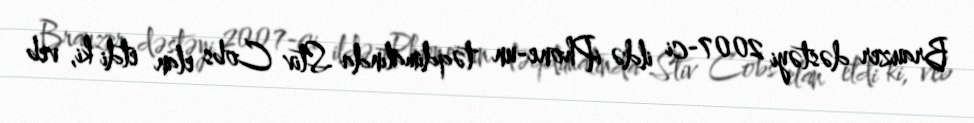
Brauzer dəstəyi 2007-ci ildə iPhone-un təqdimatında Stiv Cobs elan etdi ki, veb